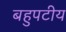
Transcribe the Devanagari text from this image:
बहुपटीय